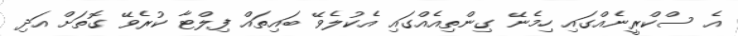
އެ ސްކްރީނެއްގައި ހިމެނޭ ގިންތިއެއްގައި އެކުލެވޭ ބައިތައް ފިލްޓާ ކުރެވޭ ގޮތަށް އަދި